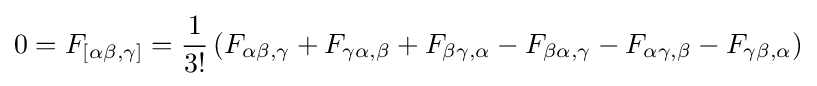
0=F_{[\alpha \beta ,\gamma ]}={\dfrac {1}{3!}}\left(F_{\alpha \beta ,\gamma }+F_{\gamma \alpha ,\beta }+F_{\beta \gamma ,\alpha }-F_{\beta \alpha ,\gamma }-F_{\alpha \gamma ,\beta }-F_{\gamma \beta ,\alpha }\right)